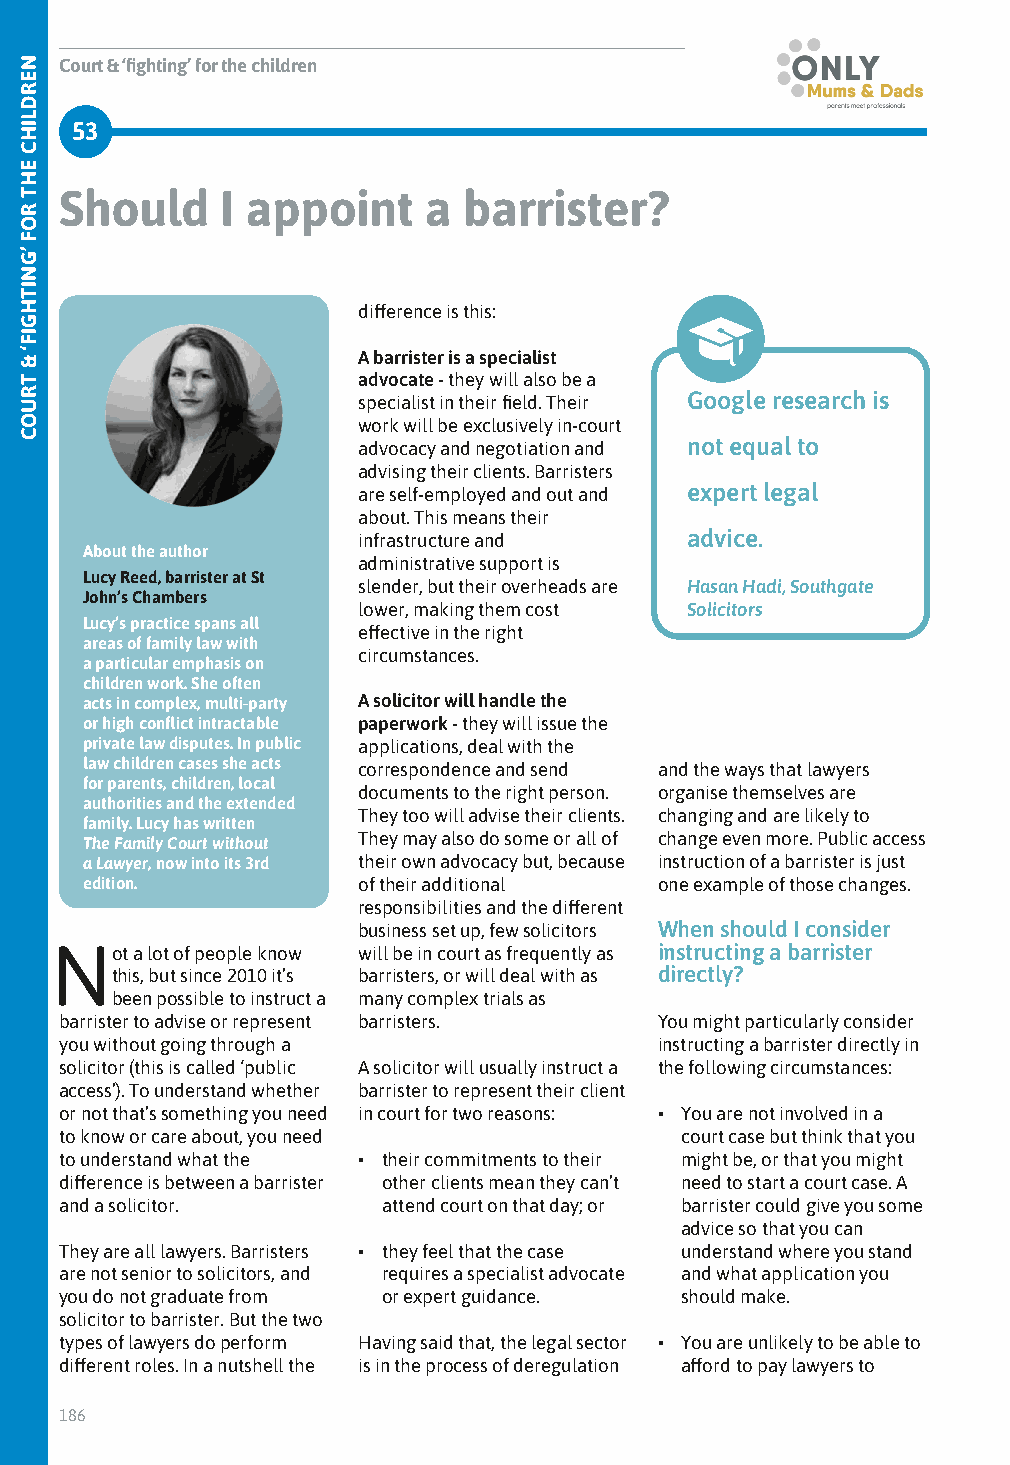
Court & ‘fighting’ for the children
 53
 Should     I appoint    a  barrister?
 difference is this:
 A barrister is a specialist
 advocate - they will also be a
 specialist in their field. Their Google research is
 work will be exclusively in-court
 advocacy and negotiation and not equal to
 advising their clients. Barristers
 are self-employed and out and expert legal
 about. This means their
 infrastructure and   advice.
 About the author
 administrative support is
 Lucy Reed, barrister at St
 slender, but their overheads are Hasan Hadi, Southgate
 John’s Chambers
 lower, making them cost Solicitors
 Lucy’s practice spans all
 effective in the right
 areas of family law with
 circumstances.
 a particular emphasis on
 children work. She often
 acts in complex, multi-party A solicitor will handle the
 or high conflict intractable paperwork - they will issue the
 private law disputes. In public applications, deal with the
 law children cases she acts correspondence and send and the ways that lawyers
 for parents, children, local
 documents to the right person. organise themselves are
 authorities and the extended
 They too will advise their clients. changing and are likely to
 family. Lucy has written
 The Family Court without They may also do some or all of change even more. Public access
 a Lawyer, now into its 3rd their own advocacy but, because instruction of a barrister is just
 edition.           of their additional one example of those changes.
 responsibilities and the different
 business set up, few solicitors When should I consider
 Not   a lot of people know will be in court as frequently as instructing a barrister
 this, but since 2010 it’s barristers, or will deal with as directly?
 been possible to instruct a many complex trials as
 barrister to advise or represent barristers. You might particularly consider
 you without going through a             instructing a barrister directly in
 solicitor (this is called ‘public A solicitor will usually instruct a the following circumstances:
 access’). To understand whether barrister to represent their client
 or not that’s something you need in court for two reasons: • You are not involved in a
 to know or care about, you need          court case but think that you
 to understand what the • their commitments to their might be, or that you might
 difference is between a barrister other clients mean they can’t need to start a court case. A
 and a solicitor.     attend court on that day; or barrister could give you some
 advice so that you can
 They are all lawyers. Barristers • they feel that the case understand where you stand
 are not senior to solicitors, and requires a specialist advocate and what application you
 you do not graduate from or expert guidance. should make.
 solicitor to barrister. But the two
 types of lawyers do perform Having said that, the legal sector • You are unlikely to be able to
 different roles. In a nutshell the is in the process of deregulation afford to pay lawyers to
 186
 NERDLIHC
 EHT
 ROF
 ’GNITHGIF‘
 &
 TRUOC